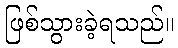
ဖြစ်သွားခဲ့ရသည်။